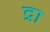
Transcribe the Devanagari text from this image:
द्रा